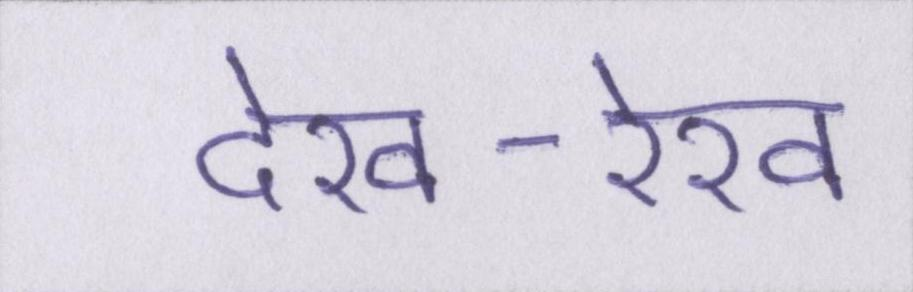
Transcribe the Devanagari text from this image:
देख-रेख